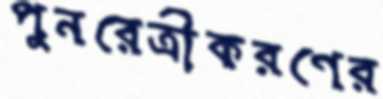
পুনরেত্রীকরণের